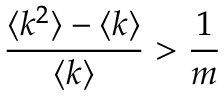
\frac { \langle k ^ { 2 } \rangle - \langle k \rangle } { \langle k \rangle } > \frac { 1 } { m }